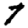
Digit: 7